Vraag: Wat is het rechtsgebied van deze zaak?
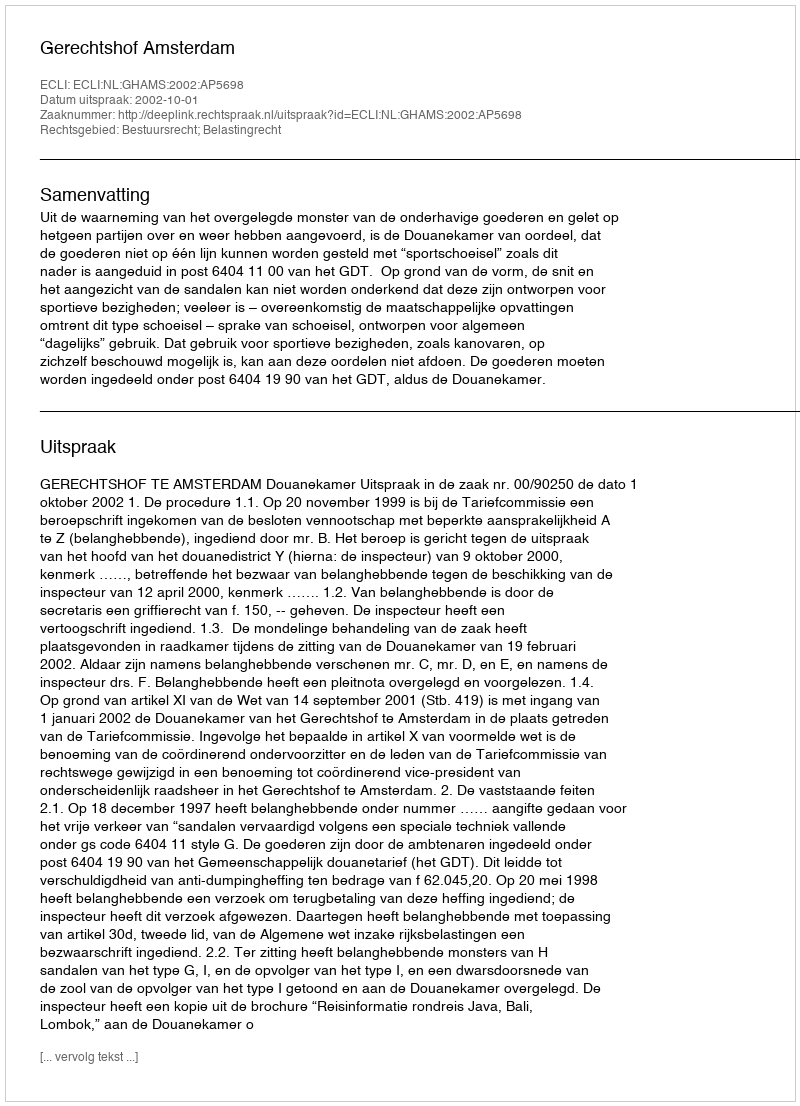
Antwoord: Bestuursrecht; Belastingrecht